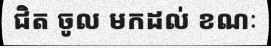
ជិត ចូល មកដល់ ខណៈ